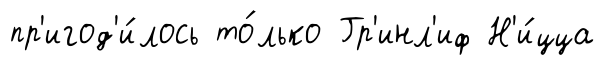
пр'игод'и́лось то́лько Гр'инл'иф Н'и́цца